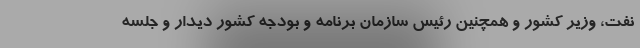
نفت، وزیر کشور و همچنین رئیس سازمان برنامه و بودجه کشور دیدار و جلسه